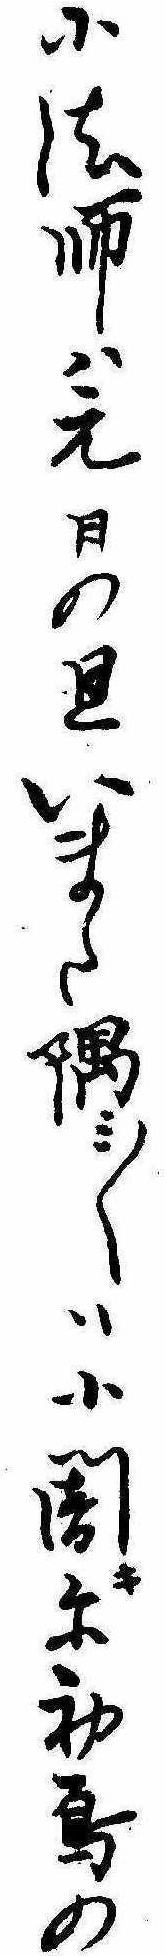
小法師は元日の旦いまた隅ミ〱は小闇きに初烏の